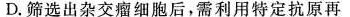
D.筛选出杂交瘤细胞后，需利用特定抗原再